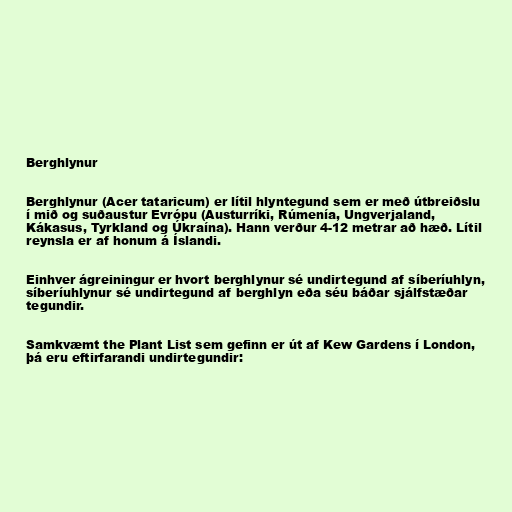
Berghlynur

Berghlynur (Acer tataricum) er lítil hlyntegund sem er með útbreiðslu
í mið og suðaustur Evrópu (Austurríki, Rúmenía, Ungverjaland,
Kákasus, Tyrkland og Úkraína). Hann verður 4-12 metrar að hæð. Lítil
reynsla er af honum á Íslandi.

Einhver ágreiningur er hvort berghlynur sé undirtegund af síberíuhlyn,
síberíuhlynur sé undirtegund af berghlyn eða séu báðar sjálfstæðar
tegundir.

Samkvæmt the Plant List sem gefinn er út af Kew Gardens í London,
þá eru eftirfarandi undirtegundir: